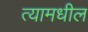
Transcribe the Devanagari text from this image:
त्‍यामधील